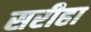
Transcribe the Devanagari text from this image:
सरीहा